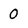
Character: 0